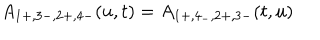
\hspace { - 5 c m } A _ { 1 + , 3 - , 2 + , 4 - } ( u , t ) = A _ { 1 + , 4 _ { - } , 2 + , 3 - } ( t , u )